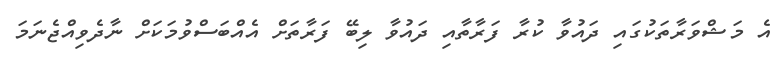
އެ މަޝްވަރާތަކުގައި ދައުވާ ކުރާ ފަރާތާއި ދައުވާ ލިބޭ ފަރާތަށް އެއްބަސްވުމަކަށް ނާދެވިއްޖެނަމަ